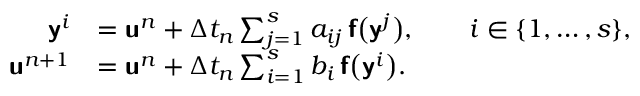
\begin{array} { r l } { \mathbf { \boldsymbol { \mathsf { y } } } ^ { i } } & { = \mathbf { \boldsymbol { \mathsf { u } } } ^ { n } + \Delta t _ { n } \sum _ { j = 1 } ^ { s } a _ { i j } \, \mathbf { \boldsymbol { \mathsf { f } } } \bigl ( \mathbf { \boldsymbol { \mathsf { y } } } ^ { j } \bigr ) , \qquad i \in \{ 1 , \dots , s \} , } \\ { \mathbf { \boldsymbol { \mathsf { u } } } ^ { n + 1 } } & { = \mathbf { \boldsymbol { \mathsf { u } } } ^ { n } + \Delta t _ { n } \sum _ { i = 1 } ^ { s } b _ { i } \, \mathbf { \boldsymbol { \mathsf { f } } } \bigl ( \mathbf { \boldsymbol { \mathsf { y } } } ^ { i } \bigr ) . } \end{array}